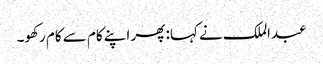
عبدالملک نے کہا: پھر اپنے کام سے کام رکھو۔